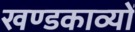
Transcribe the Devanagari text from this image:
खण्डकाव्यों